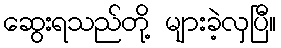
ဆွေးရသည်တို့ များခဲ့လှပြီ။